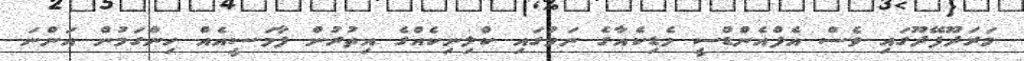
މަރަދޫފޭދޫގައި ވެސް އެފްއެންޑްސީ މެޑިކެއާގެ ނަމުގައި ކްލިނިކެއްގެ އިތުރުން ފާމަސީއެއް ހިންގަމުން އަންނަ